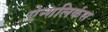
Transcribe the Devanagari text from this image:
ऐन्गलिकंस